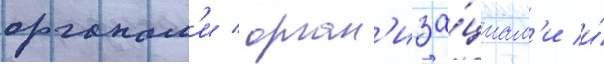
органам'и / орган'иза́циам'и и́